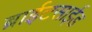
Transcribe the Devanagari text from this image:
ब्राईटसाईड